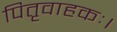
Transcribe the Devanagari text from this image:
पितृवाहकः।